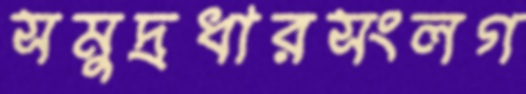
সমুদ্রধারসংলগ